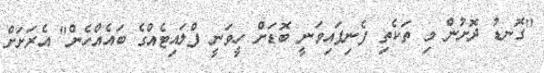
"ގޮނޑު ދޮށުން މި ތަކެތި ފެނިފައިވަނީ ބޮޑަށް ހީވަނީ ފްލައިޓެއްގެ ބައެއްހެން" އެރަށަށް